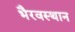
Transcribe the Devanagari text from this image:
भैरवस्थान